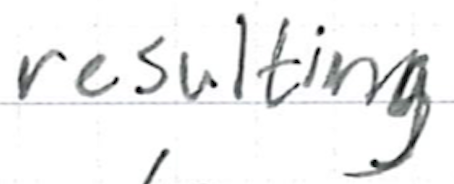
Text: resulting
Cross-out: clean
Writing tool: ballpoint